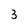
Character: 3